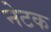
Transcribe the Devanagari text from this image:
नेटक